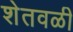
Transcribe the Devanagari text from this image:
शेतवळी